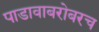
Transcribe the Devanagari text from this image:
पाडावाबरोबरच